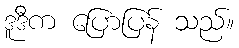
ဒူဒီက ပြောပြန် သည်။